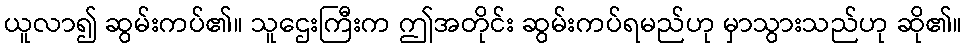
ယူလာ၍ ဆွမ်းကပ်၏။ သူဌေးကြီးက ဤအတိုင်း ဆွမ်းကပ်ရမည်ဟု မှာသွားသည်ဟု ဆို၏။